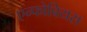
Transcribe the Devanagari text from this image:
एन्फोबियस